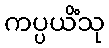
ကပ္ပယိံသု